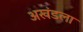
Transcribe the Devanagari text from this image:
अखंडला